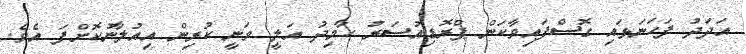
އަދަދު ފަހަނަޅައި ގޮސްފައިވާކަން ޕްރޮޑިއުސަރު ހާމިދު އަލީ ވަނީ ކުރިން އިއުލާނުކޮށްފަ އެވެ.